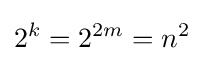
2^{k}=2^{2m}=n^{2}